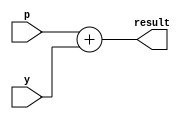
`timescale 1ns/1ns

module adder(p, y, result);
	input wire[5:0] p, y;
	output wire[5:0] result;
	assign result = p + y;
endmodule